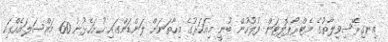
އިނގިރޭސިވިލާތުގެ މެޓްރޯޕޮލިޓަން ފުލުހުން ބުނީ މިއަހަރުގެ މިހާތަނަށް ލަންޑަންގައި ހުށަހެޅުނު 60 މައްސަލައެއްގައި